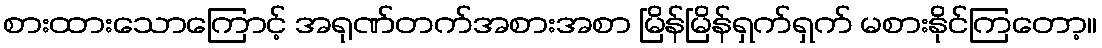
စားထားသောကြောင့် အရုဏ်တက်အစားအစာ မြိန်မြိန်ရှက်ရှက် မစားနိုင်ကြတော့။